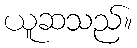
ယူဆသည်။